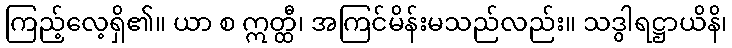
ကြည့်လေ့ရှိ၏။ ယာ စ ဣတ္ထီ၊ အကြင်မိန်းမသည်လည်း။ သဒွါရဋ္ဌာယိနိ၊